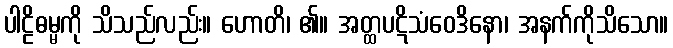
ပါဠိဓမ္မကို သိသည်လည်း။ ဟောတိ၊ ၏။ အတ္ထပဋိသံဝေဒိနော၊ အနက်ကိုသိသော။